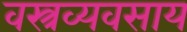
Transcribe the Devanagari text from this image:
वस्त्रव्यवसाय